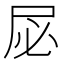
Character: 𫵘